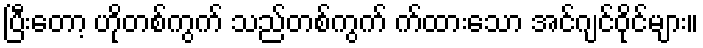
ပြီးတော့ ဟိုတစ်ကွက် သည်တစ်ကွက် က်ထားသော အင်ဂျင်ဝိုင်များ။